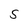
Character: S